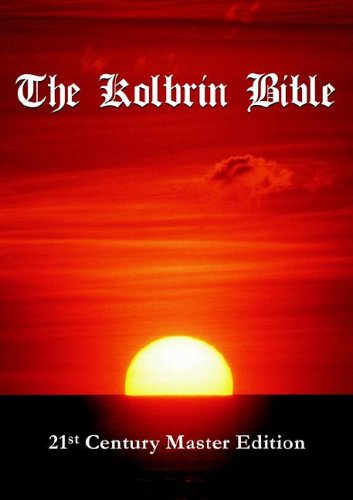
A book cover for The Kolbrin Bible; History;